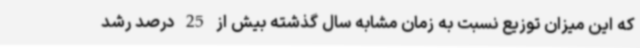
که این میزان توزیع نسبت به زمان مشابه سال گذشته بیش از 25 درصد رشد